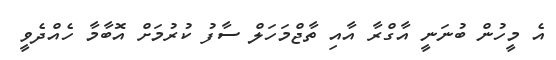
އެ މީހުން ބުނަނީ އާގްރާ އާއި ތާޖްމަހަލް ސާފު ކުރުމަށް އޮބާމާ ހެއްދެވީ